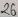
Text: 26